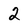
Character: 2